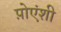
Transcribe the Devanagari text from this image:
प़ोएंशी